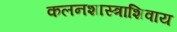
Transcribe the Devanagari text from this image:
कलनशास्त्राशिवाय